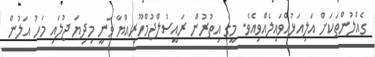
ގެއްލުންތަކަށް އަލިއަޅުއްވައިލެއްވިއެވެ. މީގެ އިތުރުން ރައީސުލްޖުމްހޫރިއްޔާ ވަނީ މިދިޔަ ޖުލައި މަހު އަލުން